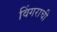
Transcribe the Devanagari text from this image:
विंगराची